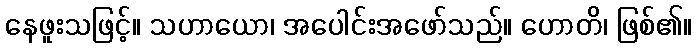
နေဖူးသဖြင့်။ သဟာယော၊ အပေါင်းအဖော်သည်။ ဟောတိ၊ ဖြစ်၏။